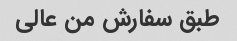
طبق سفارش من عالی